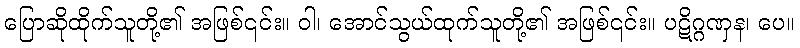
ပြောဆိုထိုက်သူတို့၏ အဖြစ်၎င်း။ ဝါ၊ အောင်သွယ်ထုက်သူတို့၏ အဖြစ်၎င်း။ ပဋိဂ္ဂဏှန၊ ပေ။